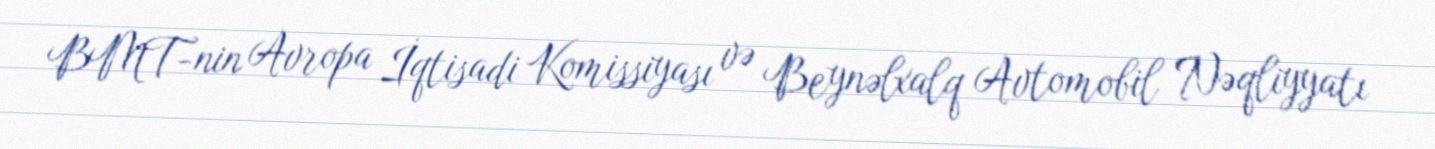
BMT-nin Avropa İqtisadi Komissiyası və Beynəlxalq Avtomobil Nəqliyyatı